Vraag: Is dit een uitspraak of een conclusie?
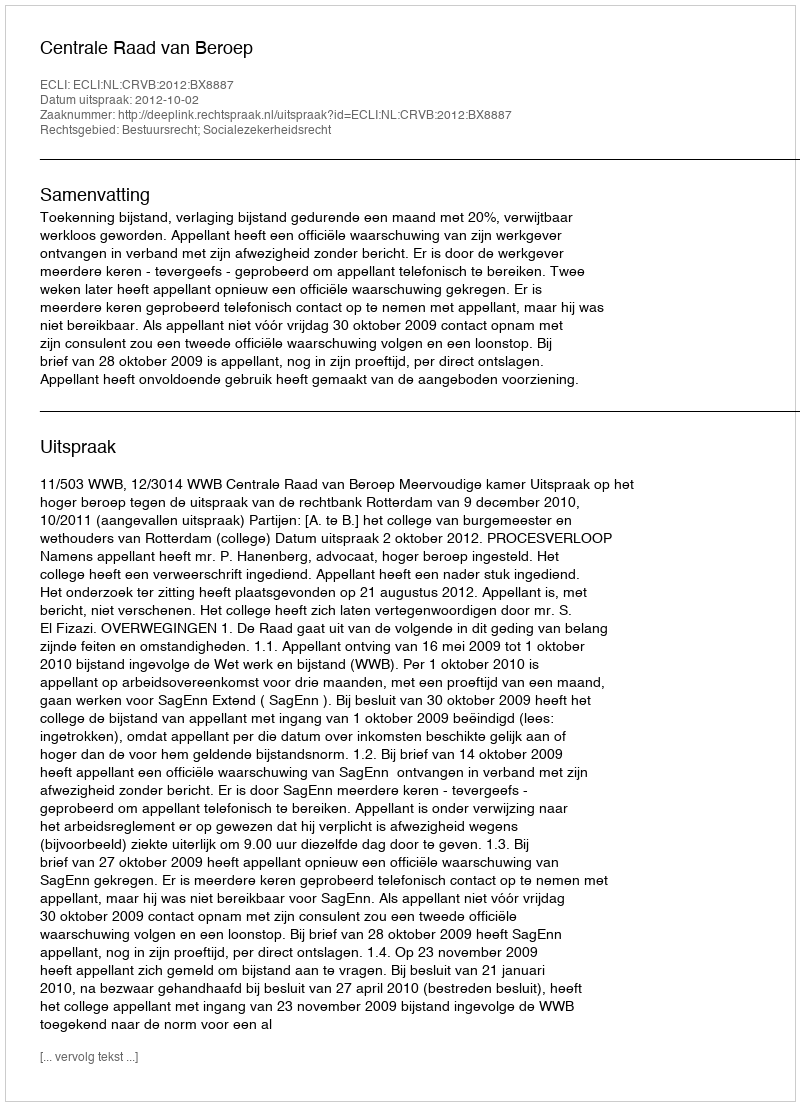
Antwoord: Uitspraak